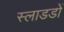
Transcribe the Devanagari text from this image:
स्लाडडों